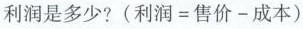
利润是多少?$$( 利 润 = 售 价 - 成 本 )$$